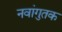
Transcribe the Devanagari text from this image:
नवांगुतक